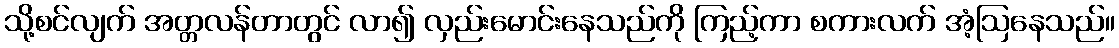
သို့စင်လျက် အတ္တလန်တာတွင် လာ၍ လှည်းမောင်းနေသည်ကို ကြည့်ကာ စကားလက် အံ့ဩနေသည်။